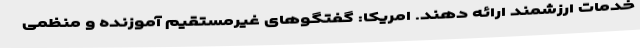
خدمات ارزشمند ارائه دهند. امریکا: گفتگوهای غیرمستقیم آموزنده و منظمی